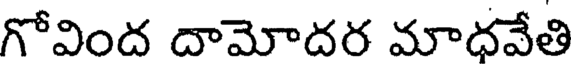
గోవింద దామోదర మాధవేతి